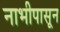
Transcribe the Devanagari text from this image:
नाभीपासून